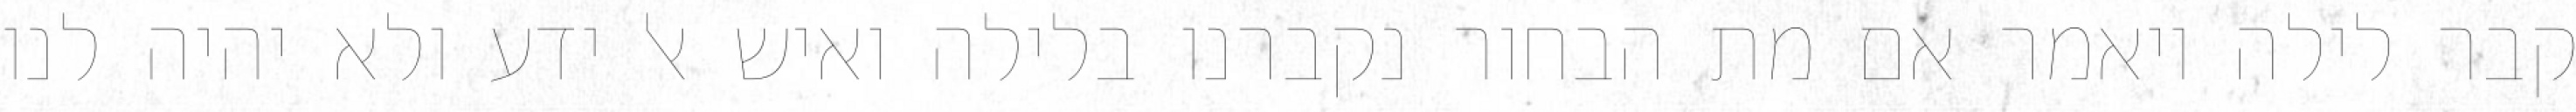
קבר לילה ויאמר אם מת הבחור נקברנו בלילה ואיש אל ידע ולא יהיה לנו